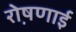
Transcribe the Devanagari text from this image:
रो़षणाई